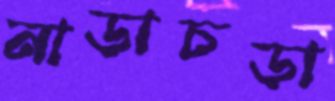
নাড়াচড়া